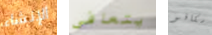
الإنشاء يتعافى سكافو